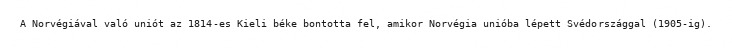
A Norvégiával való uniót az 1814-es Kieli béke bontotta fel, amikor Norvégia unióba lépett Svédországgal (1905-ig).